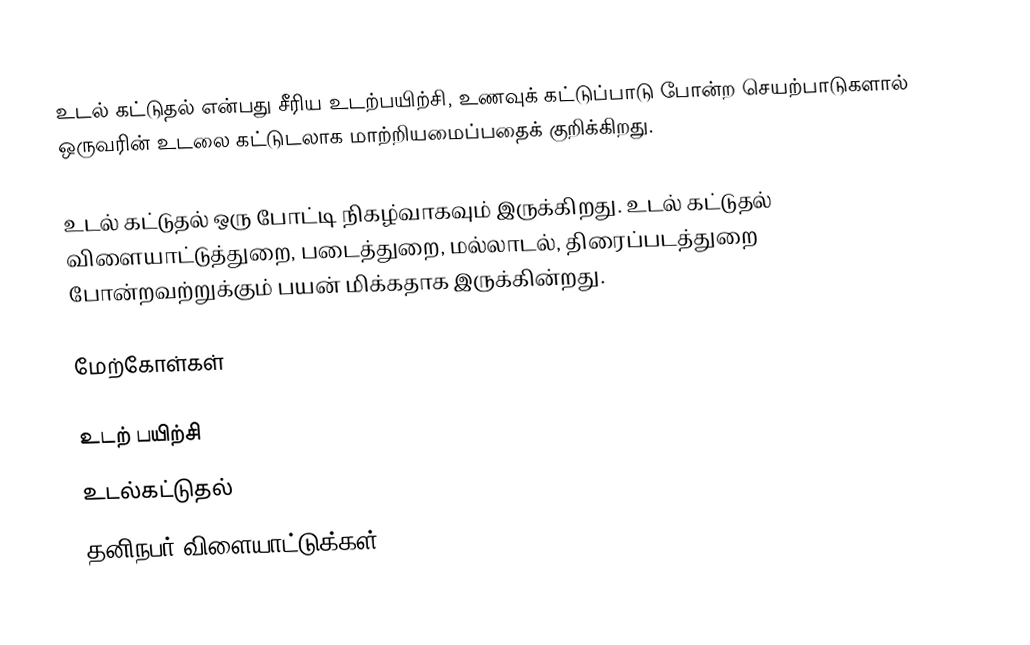
உடல் கட்டுதல் என்பது சீரிய உடற்பயிற்சி, உணவுக் கட்டுப்பாடு போன்ற செயற்பாடுகளால் ஒருவரின் உடலை கட்டுடலாக மாற்றியமைப்பதைக் குறிக்கிறது.

உடல் கட்டுதல் ஒரு போட்டி நிகழ்வாகவும் இருக்கிறது. உடல் கட்டுதல் விளையாட்டுத்துறை, படைத்துறை, மல்லாடல், திரைப்படத்துறை போன்றவற்றுக்கும் பயன் மிக்கதாக இருக்கின்றது.

மேற்கோள்கள்

உடற் பயிற்சி
உடல்கட்டுதல்
தனிநபர் விளையாட்டுக்கள்